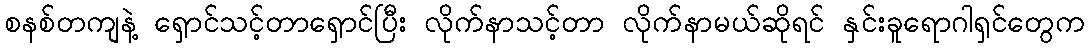
စနစ်တကျနဲ့ ရှောင်သင့်တာရှောင်ပြီး လိုက်နာသင့်တာ လိုက်နာမယ်ဆိုရင် နှင်းခူရောဂါရှင်တွေက